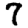
Digit: 7